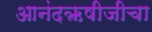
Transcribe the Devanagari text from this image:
आनंदऋषीजीचा